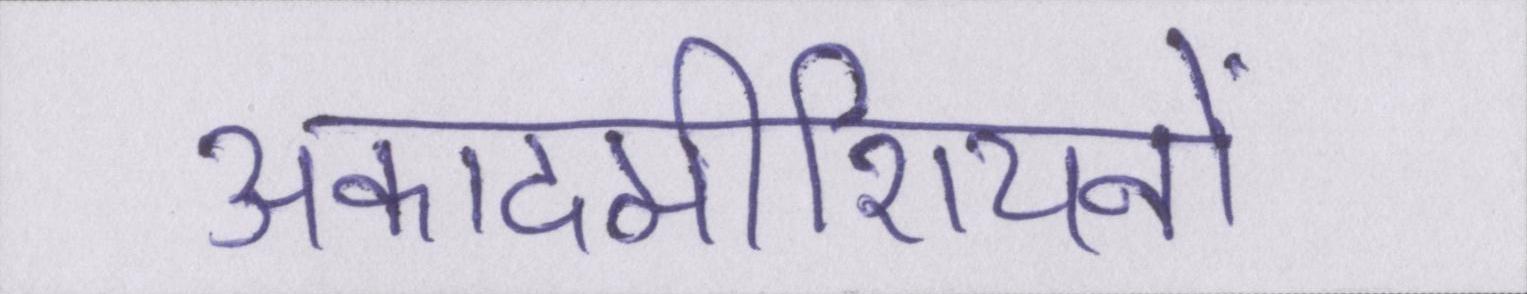
अकादमीशियनों